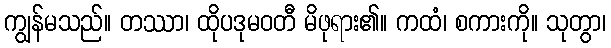
ကျွန်မသည်။ တဿာ၊ ထိုပဒုမဝတီ မိဖုရား၏။ ကထံ၊ စကားကို။ သုတွာ၊